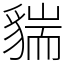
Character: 貒